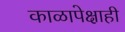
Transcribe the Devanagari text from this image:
काळापेक्षाही